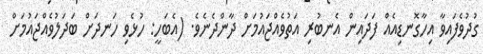
ގުދުވެފައިވާ އިހާގޮނޑިއެއް ފަދައިން އެނބުރި އަތުވެއްޖައުމަށް ދާންދެނެވެ. (އެބަހީ: ހުޅެވި ހަނދަށް ބަދަލުވެއްޖައުމަށް